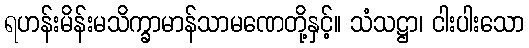
ရဟန်းမိန်းမသိက္ခာမာန်သာမဏေတို့နှင့်။ သံသဋ္ဌာ၊ ငါးပါးသော